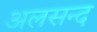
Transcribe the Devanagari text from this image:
अलसन्द